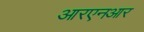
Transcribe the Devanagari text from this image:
आरएनआर